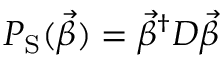
P _ { \mathrm { S } } ( \vec { \beta } ) = \vec { \beta } ^ { \dagger } \boldsymbol { D } \vec { \beta }